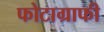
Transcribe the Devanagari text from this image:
फोटाग्राफी